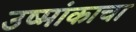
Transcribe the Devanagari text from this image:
उष्मांकाचा